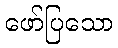
ဖော်ပြသော